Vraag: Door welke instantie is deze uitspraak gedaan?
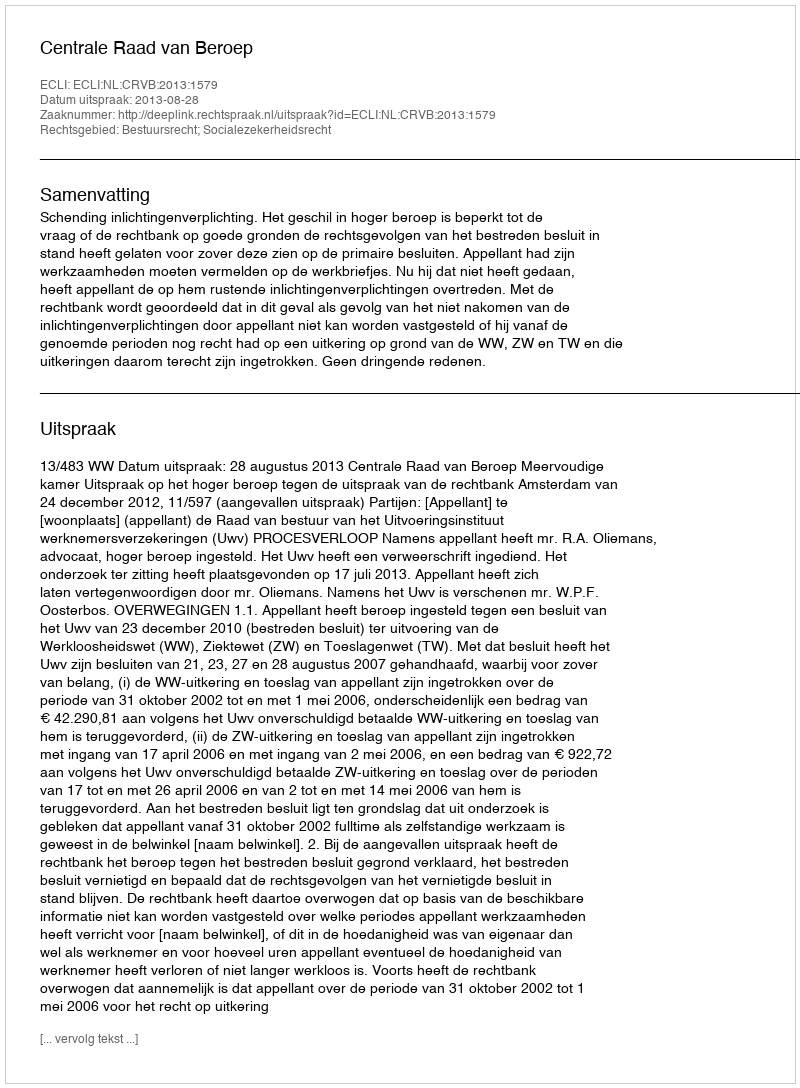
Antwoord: Centrale Raad van Beroep